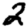
Digit: 2